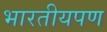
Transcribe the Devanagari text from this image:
भारतीयपण